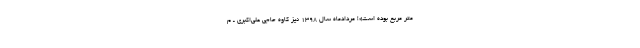
متر مربع بوده است»! مردادماه سال ۱۳۹۸ نیز کاوه حاجی علی‌اکبری ـ م